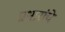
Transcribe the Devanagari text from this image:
प्रभारांचे